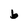
Character: b